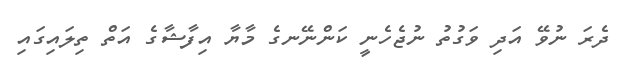
ދެރަ ނުވޭ އަދި ވަގުތު ނުޖެހެނީ ކަންނޭނގެ މާޔާ އިފާޝާގެ އަތް ތިލައިގައި